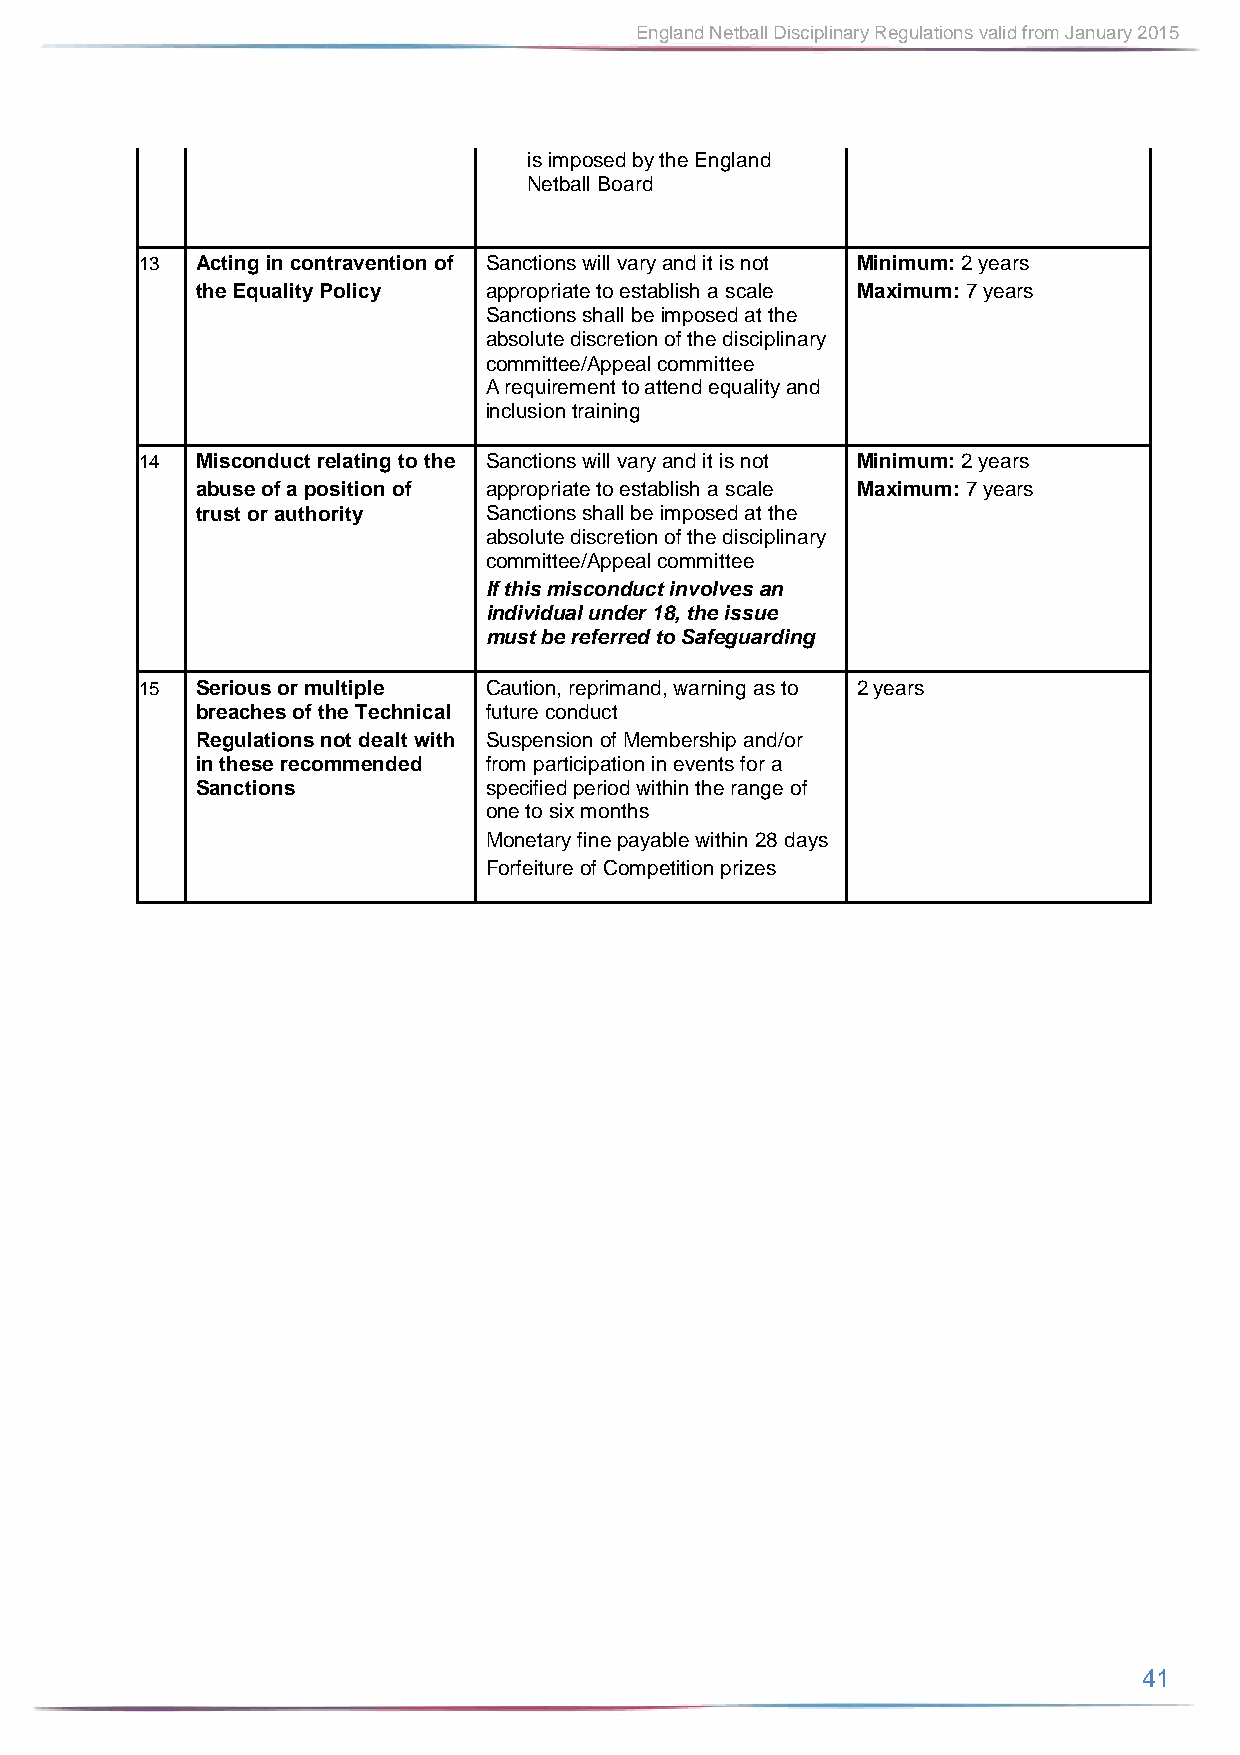
England Netball Disciplinary Regulations valid from January 2015
 is imposed by the England
 Netball Board
 13  Acting in contravention of Sanctions will vary and it is not Minimum: 2 years
 the Equality Policy appropriate to establish a scale Maximum: 7 years
 Sanctions shall be imposed at the
 absolute discretion of the disciplinary
 committee/Appeal committee
 A requirement to attend equality and
 inclusion training
 14  Misconduct relating to the Sanctions will vary and it is not Minimum: 2 years
 abuse of a position of appropriate to establish a scale Maximum: 7 years
 trust or authority Sanctions shall be imposed at the
 absolute discretion of the disciplinary
 committee/Appeal committee
 If this misconduct involves an
 individual under 18, the issue
 must be referred to Safeguarding
 15  Serious or multiple Caution, reprimand, warning as to 2 years
 breaches of the Technical future conduct
 Regulations not dealt with Suspension of Membership and/or
 in these recommended from participation in events for a
 Sanctions          specified period within the range of
 one to six months
 Monetary fine payable within 28 days
 Forfeiture of Competition prizes
 41